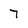
Character: 7